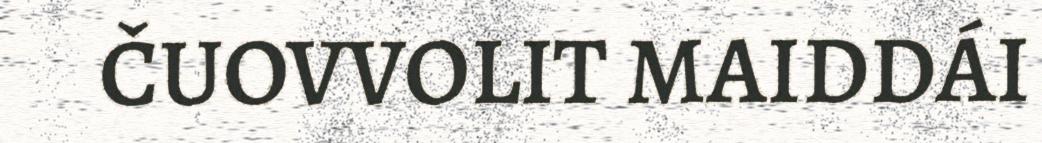
ČUOVVOLIT MAIDDÁI